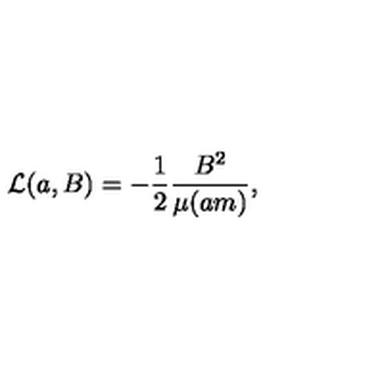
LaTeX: { \cal L } ( a , B ) = - \frac { 1 } { 2 } \frac { B ^ { 2 } } { \mu ( a m ) } ,